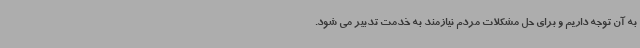
به آن توجه داریم و برای حل مشکلات مردم نیازمند به خدمت تدبیر می شود.